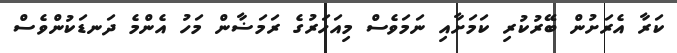
ކަރާ އެރަށުން ބޭރުކުރި ކަމަށާއި ނަމަވެސް މިއަހަރުގެ ރަމަޟާން މަހު އެންމެ ދަނޑަކުންވެސް